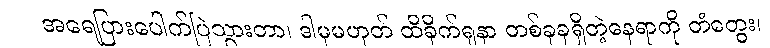
အရေပြားပေါက်ပြဲသွားတာ၊ ဒါမှမဟုတ် ထိခိုက်ရှနာ တစ်ခုခုရှိတဲ့နေရာကို တံတွေး၊